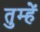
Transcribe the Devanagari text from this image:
तुम्हेें